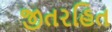
જીતરહિત